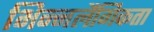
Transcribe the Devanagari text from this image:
भिन्नलैंगिकता